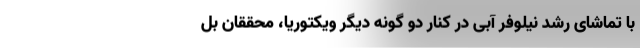
با تماشای رشد نیلوفر آبی در کنار دو گونه دیگر ویکتوریا، محققان بل